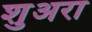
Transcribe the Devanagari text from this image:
शुअरा